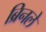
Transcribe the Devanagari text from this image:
ब्रिनले